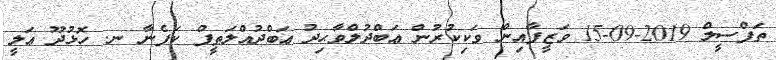
ތަފްސީލް 2019-09-15 ވަޒީފާއިން ވަކިކުރުން ޢަބްދުލްވާޙިދު ޢަބްދުއްލަޠީފް ކަފެނާ ނ. ހޮޅުދޫ ޢަލީ